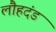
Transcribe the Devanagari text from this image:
लौहदंड